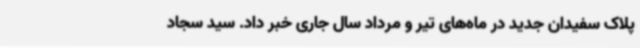
پلاک سفیدان جدید در ماه‌های تیر و مرداد سال جاری خبر داد. سید سجاد